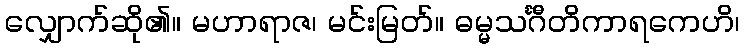
လျှောက်ဆို၏။ မဟာရာဇ၊ မင်းမြတ်။ ဓမ္မသင်္ဂီတိကာရကေဟိ၊